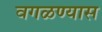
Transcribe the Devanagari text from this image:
वगळण्यास